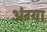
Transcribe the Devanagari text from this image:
अंग्या